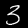
Label: 3